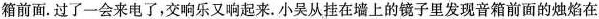
箱前面。过了一会来电了，交响乐又响起来。小吴从挂在墙上的镜子里发现音箱前面的烛焰在